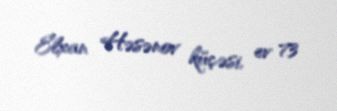
Elxan Həsənov küçəsi, ev 73